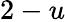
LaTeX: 2-u